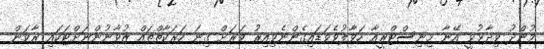
މުންދު ވިދާޅުވީ އޭނާ މިނިސްޓްރީއާ ހަވާލުވެވަޑައިގެންނެވިއިރު ވަރަށް ގިނަ ހަރަކާތްތައް ޒުވާނުންނަށްޓަކައި ރާވަން